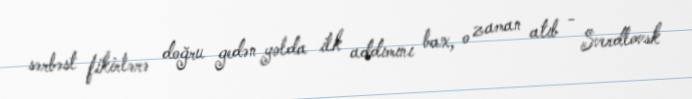
sərbəst fikirlərə doğru gedən yolda ilk addımını bax, o zaman atıb - Sverdlovsk